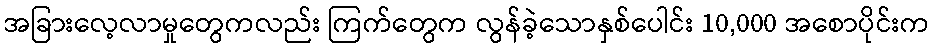
အခြားလေ့လာမှုတွေကလည်း ကြက်တွေက လွန်ခဲ့သောနှစ်ပေါင်း 10,000 အစောပိုင်းက